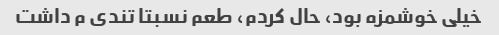
خیلی خوشمزه بود، حال کردم، طعم نسبتا تندی م داشت